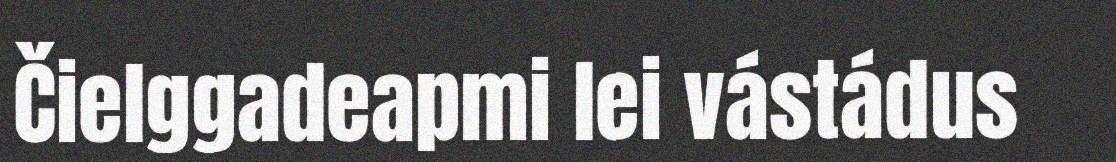
Čielggadeapmi lei vástádus